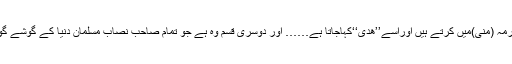
ایک وہ قربانی ہے جو حجاج کرام، حج کے موقع پرمکہ مکرمہ (مِنیٰ)میں کرتے ہیں اوراسے’’ھدی‘‘کہاجاتا ہے…… اور دوسری قسم وہ ہے جو تمام صاحب نصاب مسلمان دنیا کے گوشے گوشے میں کرتے ہیں،اسے عام طورپر ’’اضحیہ‘‘کہاجاتا ہے۔